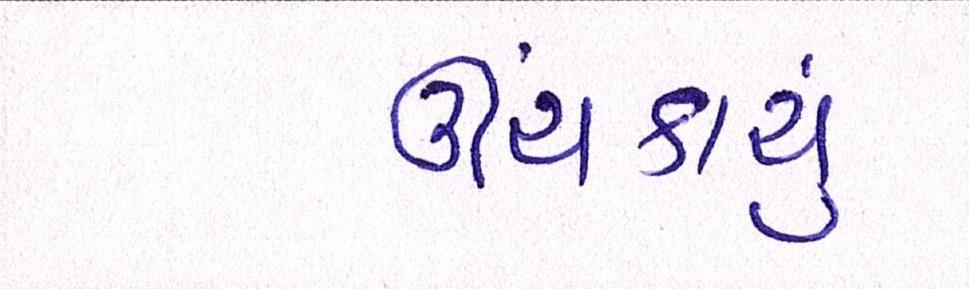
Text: ઊંચકાયું